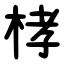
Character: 㭳